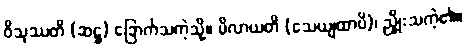
ဝိသုဿတိ (ဆဋ္ဌ) ခြောက်သကဲ့သို့။ မိလာယတိ (သေယျထာပိ)၊ ညှိုးသကဲ့၏။